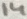
Text: 14